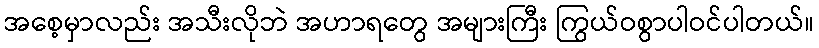
အစေ့မှာလည်း အသီးလိုဘဲ အဟာရတွေ အများကြီး ကြွယ်ဝစွာပါဝင်ပါတယ်။